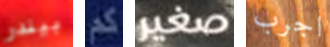
بيندر كم صغير اجرب